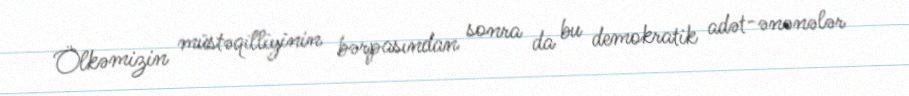
Ölkəmizin müstəqilliyinin bərpasından sonra da bu demokratik adət-ənənələr